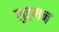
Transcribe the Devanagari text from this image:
लुह्र्मन